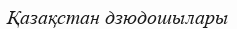
Қазақстан дзюдошылары